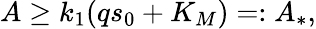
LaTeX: A\geq k_{1}(qs_{0}+K_{M})=:A_{*},